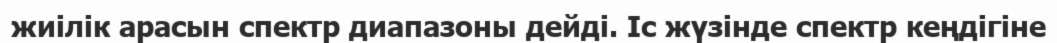
жиілік арасын спектр диапазоны дейді. Іс жүзінде спектр кеңдігіне